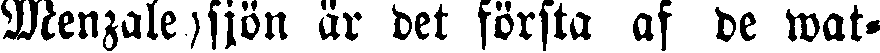
Menzaleysjön är det första af de wat-